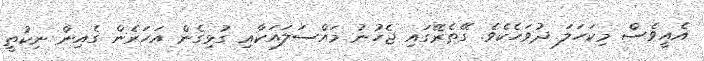
އެއީވެސް މިކަހަލަ ދުވަހެކެވެ. ގޭތެރޭގައި ޖެހުނު މައްސަލައަކާއި ގުޅިގެން އަހަރެން ގެއިން ނިކުތީ